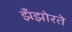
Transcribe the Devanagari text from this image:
झँझोरते